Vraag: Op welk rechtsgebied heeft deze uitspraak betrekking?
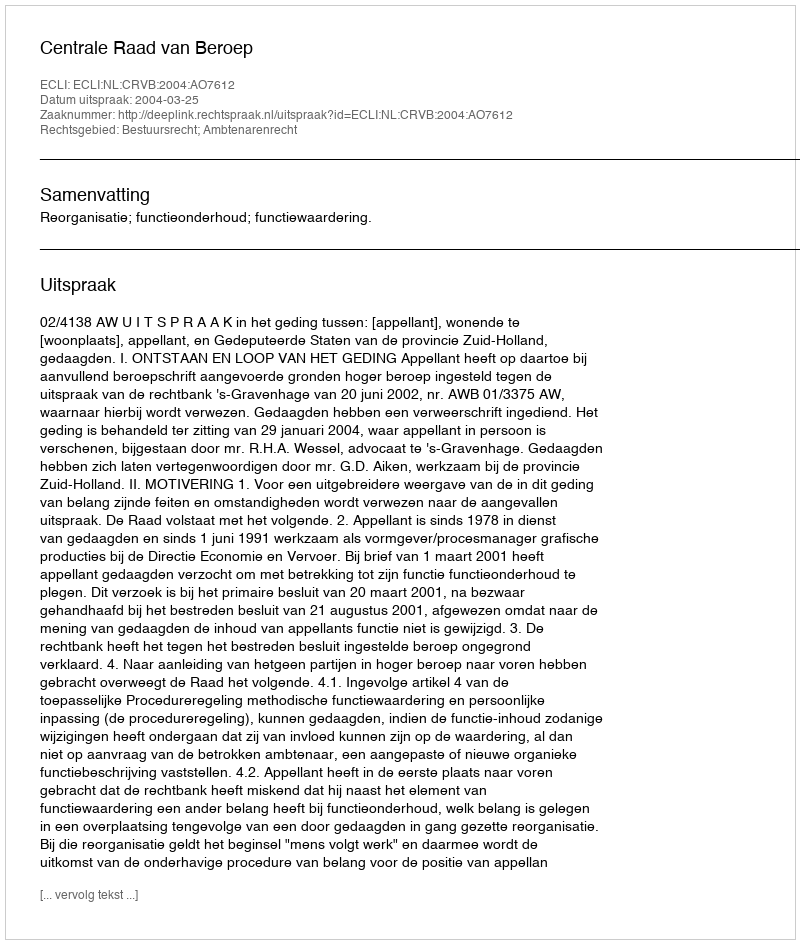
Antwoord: Bestuursrecht; Ambtenarenrecht